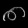
Digit: ၈